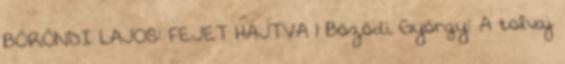
BÖRÖNDI LAJOS: FEJET HAJTVA 1 Bözödi György: A tolvaj